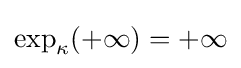
\exp _{\kappa }(+\infty )=+\infty